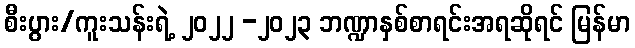
စီးပွား/ကူးသန်းရဲ့ ၂၀၂၂ -၂၀၂၃ ဘဏ္ဍာနှစ်စာရင်းအရဆိုရင် မြန်မာ